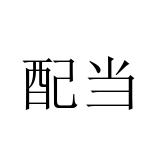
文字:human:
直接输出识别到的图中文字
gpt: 配当